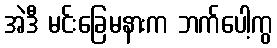
အဲဒီ မင်းခြေမနားက ဘက်ပေါ့ကွ